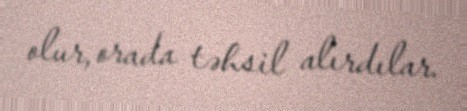
olur, orada təhsil alırdılar.